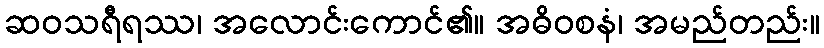
ဆဝသရီရဿ၊ အလောင်းကောင်၏။ အဓိဝစနံ၊ အမည်တည်း။